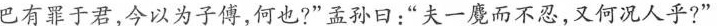
巴有罪于君，今以为子傅，何也?”孟孙日：”夫一魔而不忍，又何况人乎?”